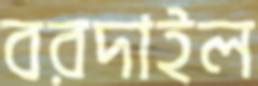
বরদাইল